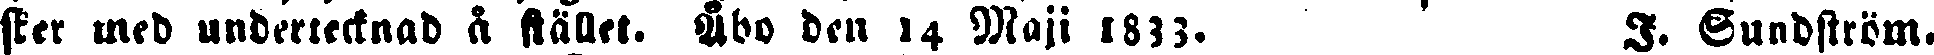
sker med undertecknad å stället. Åbo den 14 Maji 1833. I. Sundström.